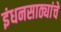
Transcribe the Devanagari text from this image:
इंधनसाठ्यांचे